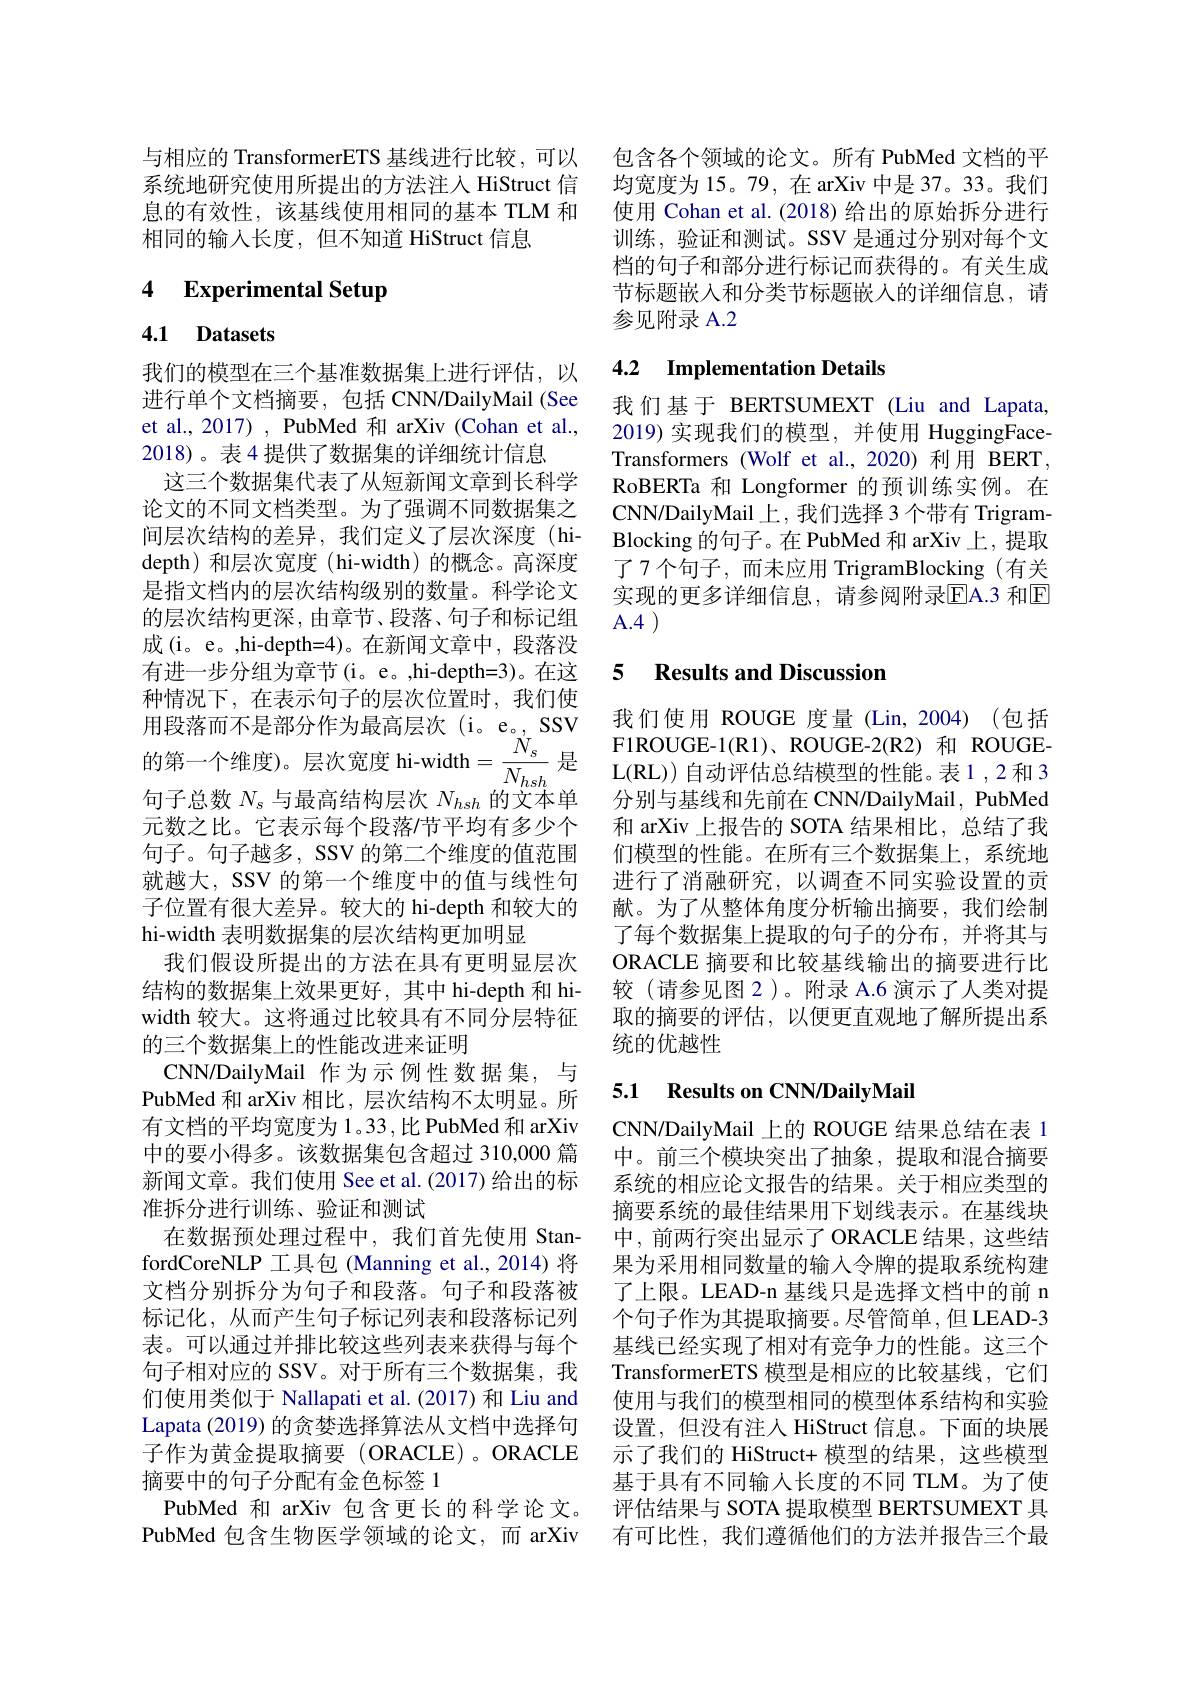
与相应的 TransformerETS 基线进行比较，可以 包含各个领域的论文。所有 PubMed 文档的平系统地研究使用所提出的方法注人 HiStruct 信 均宽度为 15。79,在 arXiv 中是 37。33。我们息的有效性，该基线使用相同的基本 TLM 和 使用 Cohan et al.(2018) 给出的原始拆分进行相同的输入长度，但不知道 HiStruct 信息

## 4 Experimental Setup

# 4.1 Datasets

我们的模型在三个基准数据集上进行评估，以进行单个文档摘要，包括 CNN/DailyMail (See et al., 2017) , PubMed 和 arXiv (Cohan et al., 2018)。表 4 提供了数据集的详细统计信息
这三个数据集代表了从短新闻文章到长科学论文的不同文档类型。为了强调不同数据集之间层次结构的差异，我们定义了层次深度(hidepth)和层次宽度(hi-width)的概念。高深度是指文档内的层次结构级别的数量。科学论文的层次结构更深，由章节、段落、句子和标记组成(i。e。,hi-depth=4)。在新闻文章中，段落没有进一步分组为章节(i。e。,hi-depth=3)。在这种情况下，在表示句子的层次位置时，我们使句子总数$N_\mathrm{s}$与最高结构层次$N_hsh$的文本单hi-width 表明数据集的层次结构更加明显
我们假设所提出的方法在具有更明显层次结构的数据集上效果更好，其中 hi-depth 和 hiwidth 较大。这将通过比较具有不同分层特征的三个数据集上的性能改进来证明
CNN/DailyMail 作为示例性数据集，与PubMed 和 arXiv 相比，层次结构不太明显。所有文档的平均宽度为 1。33,比 PubMed 和 arXiv 中的要小得多。该数据集包含超过 310,000 篇新闻文章。我们使用 See et al.(2017) 给出的标准拆分进行训练、验证和测试
在数据预处理过程中，我们首先使用 StanfordCoreNLP 工具包 (Manning et al.,2014) 将文档分别拆分为句子和段落。句子和段落被标记化，从而产生句子标记列表和段落标记列表。可以通过并排比较这些列表来获得与每个句子相对应的 SSV。对于所有三个数据集，我们使用类似于 Nallapati et al.(2017)和 Liu and Lapata (2019) 的贪婪选择算法从文档中选择句子作为黄金提取摘要(ORACLE)。ORACLE 摘要中的句子分配有金色标签 1
PubMed 和 arXiv 包含更长的科学论文。评估结果与 SOTA 提取模型 BERTSUMEXT 具
PubMed 包含生物医学领域的论文，而 arXiv

训练，验证和测试。SSV 是通过分别对每个文档的句子和部分进行标记而获得的。有关生成节标题嵌入和分类节标题嵌人的详细信息，请参见附录 A.2

## 4.2 Implementation Details

我们基于 BERTSUMEXT (Liu and Lapata, 2019)实现我们的模型，并使用 HuggingFaceTransformers (Wolf et al.,2020) 利用 BERT, RoBERTa 和 Longformer 的预训练实例。在CNN/DailyMail 上，我们选择 3 个带有 TrigramBlocking 的句子。在 PubMed 和 arXiv 上，提取了7个句子，而未应用 TrigramBlocking(有关实现的更多详细信息，请参阅附录$\boxed{\mathrm{EA.3~和E}}$ A. 4

### 5 $\textbf{Results and Discussion}$

我们使用 ROUGE 度量 (Lin,2004)(包括
用 段 落 而 不 是 部 分 作 为 最 高 层 次 ( i。e。, SSV我 们 使 用 ROUGE 度 量 ( Lin, 2004) ( 包 括 的 第 一 个 维 度 ) 。层 次 宽 度 hi- width$= \frac {N_{s}}{N_{hsh}}$ 是 L( RL) ) 自 动 评 估 总 结 模 型 的 性 能 。表 1, 2和 3
分别与基线和先前在 CNN/DailyMail, PubMed
元数之比。它表示每个段落/节平均有多少个 和 arXiv 上报告的 SOTA 结果相比，总结了我句子。句子越多，SSV 的第二个维度的值范围 们模型的性能。在所有三个数据集上，系统地就越大，SSV 的第一个维度中的值与线性句 进行了消融研究，以调查不同实验设置的贡子位置有很大差异。较大的 hi-depth 和较大的 献。为了从整体角度分析输出摘要，我们绘制
了每个数据集上提取的句子的分布，并将其与ORACLE 摘要和比较基线输出的摘要进行比较(请参见图 2)。附录 A.6 演示了人类对提取的摘要的评估，以便更直观地了解所提出系统的优越性

## 5.1 Results on CNN/DailyMail

CNN/DailyMail 上的 ROUGE 结果总结在表 1中。前三个模块突出了抽象，提取和混合摘要系统的相应论文报告的结果。关于相应类型的摘要系统的最佳结果用下划线表示。在基线块中，前两行突出显示了ORACLE 结果，这些结果为采用相同数量的输入令牌的提取系统构建了上限。LEAD-n 基线只是选择文档中的前 n 个句子作为其提取摘要。尽管简单，但 LEAD-3基线已经实现了相对有竞争力的性能。这三个TransformerETS 模型是相应的比较基线，它们使用与我们的模型相同的模型体系结构和实验设置，但没有注人 HiStruct 信息。下面的块展示了我们的 HiStruct+ 模型的结果，这些模型基于具有不同输人长度的不同 TLM。为了使有可比性，我们遵循他们的方法并报告三个最